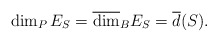
\begin{align*}\dim_PE_S=\overline{\dim}_BE_S=\overline{d}(S).\end{align*}